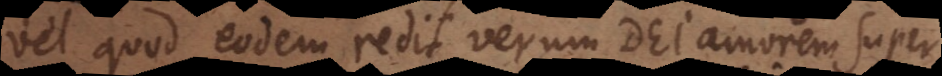
vel quod eodem redit, verum Dei amorem super